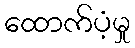
ထောက်ပံ့မှု